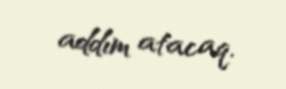
addım atacaq.